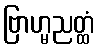
ဗြာဟ္မညတ္ထံ